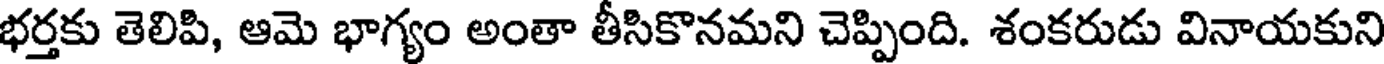
భర్తకు తెలిపి, ఆమె భాగ్యం అంతా తీసికొనమని చెప్పింది. శంకరుడు వినాయకుని